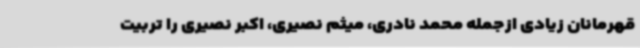
قهرمانان زیادی ازجمله محمد نادری، میثم نصیری، اکبر نصیری را تربیت